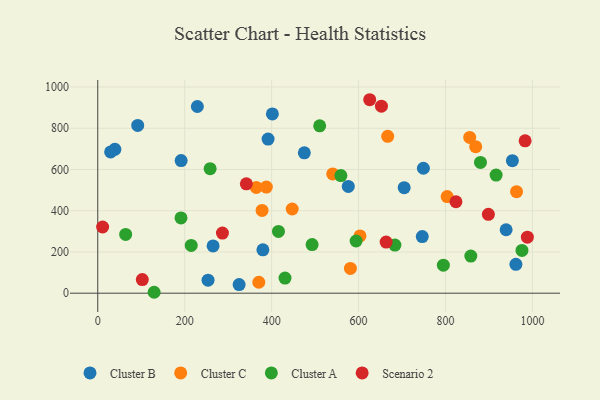
{"axis": {"x": "Study Hours", "y": "Rating"}, "legend": ["Cluster A", "Cluster B", "Cluster C", "Scenario 2"], "data": [{"x": "39.4", "y": 697.9, "type": "Cluster B"}, {"x": "91.9", "y": 813.9, "type": "Cluster B"}, {"x": "229.1", "y": 905.5, "type": "Cluster B"}, {"x": "576.3", "y": 518.1, "type": "Cluster B"}, {"x": "391.8", "y": 747.4, "type": "Cluster B"}, {"x": "379.9", "y": 210.6, "type": "Cluster B"}, {"x": "325.2", "y": 41.7, "type": "Cluster B"}, {"x": "749.1", "y": 606.1, "type": "Cluster B"}, {"x": "475.2", "y": 680.9, "type": "Cluster B"}, {"x": "265.3", "y": 229.5, "type": "Cluster B"}, {"x": "939.4", "y": 307.8, "type": "Cluster B"}, {"x": "29.6", "y": 685.1, "type": "Cluster B"}, {"x": "704.9", "y": 512.0, "type": "Cluster B"}, {"x": "401.7", "y": 869.6, "type": "Cluster B"}, {"x": "953.8", "y": 643.0, "type": "Cluster B"}, {"x": "746.5", "y": 274.8, "type": "Cluster B"}, {"x": "191.8", "y": 643.1, "type": "Cluster B"}, {"x": "253.7", "y": 63.1, "type": "Cluster B"}, {"x": "961.9", "y": 140.1, "type": "Cluster B"}, {"x": "378.0", "y": 401.3, "type": "Cluster C"}, {"x": "855.6", "y": 755.5, "type": "Cluster C"}, {"x": "447.3", "y": 408.3, "type": "Cluster C"}, {"x": "963.4", "y": 492.6, "type": "Cluster C"}, {"x": "667.0", "y": 760.9, "type": "Cluster C"}, {"x": "603.3", "y": 277.8, "type": "Cluster C"}, {"x": "540.5", "y": 578.3, "type": "Cluster C"}, {"x": "869.4", "y": 710.8, "type": "Cluster C"}, {"x": "364.6", "y": 513.1, "type": "Cluster C"}, {"x": "803.8", "y": 468.7, "type": "Cluster C"}, {"x": "370.5", "y": 53.2, "type": "Cluster C"}, {"x": "581.2", "y": 120.2, "type": "Cluster C"}, {"x": "387.8", "y": 514.6, "type": "Cluster C"}, {"x": "594.3", "y": 253.1, "type": "Cluster A"}, {"x": "559.3", "y": 570.7, "type": "Cluster A"}, {"x": "916.4", "y": 573.0, "type": "Cluster A"}, {"x": "191.5", "y": 365.0, "type": "Cluster A"}, {"x": "880.4", "y": 634.5, "type": "Cluster A"}, {"x": "858.2", "y": 180.2, "type": "Cluster A"}, {"x": "493.1", "y": 235.8, "type": "Cluster A"}, {"x": "415.7", "y": 299.5, "type": "Cluster A"}, {"x": "129.7", "y": 4.5, "type": "Cluster A"}, {"x": "510.5", "y": 811.9, "type": "Cluster A"}, {"x": "215.0", "y": 231.7, "type": "Cluster A"}, {"x": "683.6", "y": 233.2, "type": "Cluster A"}, {"x": "975.9", "y": 207.5, "type": "Cluster A"}, {"x": "64.2", "y": 284.9, "type": "Cluster A"}, {"x": "258.5", "y": 604.0, "type": "Cluster A"}, {"x": "795.0", "y": 136.1, "type": "Cluster A"}, {"x": "430.8", "y": 73.4, "type": "Cluster A"}, {"x": "898.6", "y": 382.4, "type": "Scenario 2"}, {"x": "652.6", "y": 907.1, "type": "Scenario 2"}, {"x": "824.0", "y": 443.6, "type": "Scenario 2"}, {"x": "663.4", "y": 247.9, "type": "Scenario 2"}, {"x": "341.8", "y": 530.7, "type": "Scenario 2"}, {"x": "625.6", "y": 938.4, "type": "Scenario 2"}, {"x": "988.3", "y": 271.7, "type": "Scenario 2"}, {"x": "102.5", "y": 66.1, "type": "Scenario 2"}, {"x": "286.8", "y": 291.6, "type": "Scenario 2"}, {"x": "983.1", "y": 739.0, "type": "Scenario 2"}, {"x": "11.2", "y": 321.2, "type": "Scenario 2"}]}